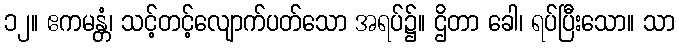
၁၂။ ဧကမန္တံ၊ သင့်တင့်လျောက်ပတ်သော အရပ်၌။ ဌိတာ ခေါ၊ ရပ်ပြီးသော။ သာ